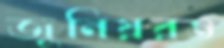
জুনিয়রও